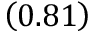
\left( 0 . 8 1 \right)